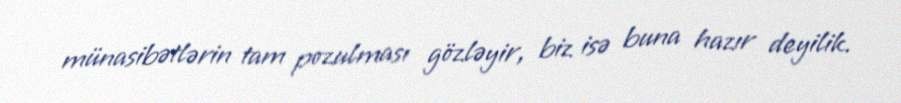
münasibətlərin tam pozulması gözləyir, biz isə buna hazır deyilik.